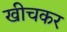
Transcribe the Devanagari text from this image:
खीचकर